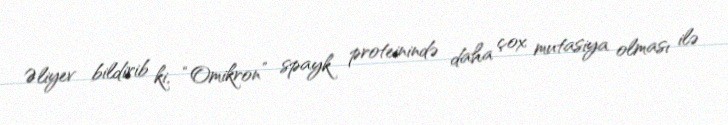
Əliyev bildirib ki, “Omikron” spayk proteinində daha çox mutasiya olması ilə